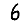
Digit: 6